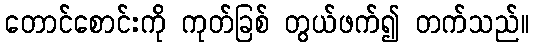
တောင်စောင်းကို ကုတ်ခြစ် တွယ်ဖက်၍ တက်သည်။